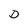
Character: D